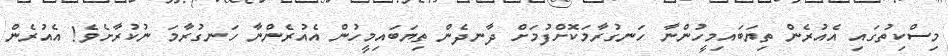
މިސްކިތުގައި އެއުރެން ތިޔަބައިމީހުންނާ ހަނގުރާމަކޮށްފުމަށް ދާނދެން ތިޔަބައިމީހުން އެއުރެންނާ ހަނގުރާމަ ނުކުރާށެވެ! އެއުރެން